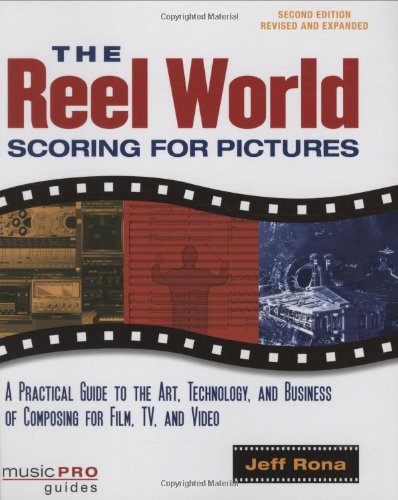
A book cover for The Reel World: Scoring For Pictures-Updated And Revised Edition (Music Pro Guides); Jeff Rona; Humor & Entertainment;